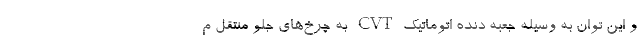
و این توان به وسیله جعبه دنده اتوماتیک CVT به چرخ‌های جلو منتقل م